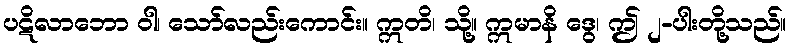
ပဋိလာဘော ဝါ၊ သော်လည်းကောင်း။ ဣတိ၊ သို့။ ဣမာနိ ဒွေ၊ ဤ ၂-ပါးတို့သည်။